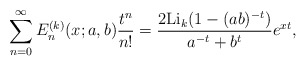
\begin{align*}\sum_{n=0}^{\infty}{E}^{(k)}_n(x;a,b)\frac{t^n}{n!}=\frac{2{\rm Li}_k(1-(ab)^{-t})}{a^{-t}+b^{t}}e^{xt},\end{align*}